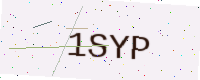
Text: 1SYP